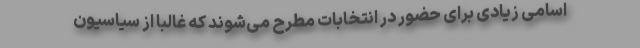
اسامی زیادی برای حضور در انتخابات مطرح می‌شوند که غالبا از سیاسیون